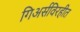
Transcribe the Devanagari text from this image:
गिअर्सविरहीत